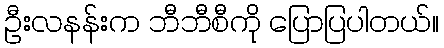
ဦးလနန်းက ဘီဘီစီကို ပြောပြပါတယ်။